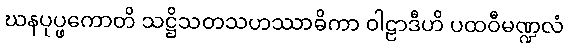
ဃနပုပ္ဖကောတိ သဋ္ဌိသတသဟဿာဓိကာ ဝါဠာဒီဟိ ပထဝီမဏ္ဍလံ